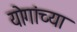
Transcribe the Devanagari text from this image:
योगांच्या